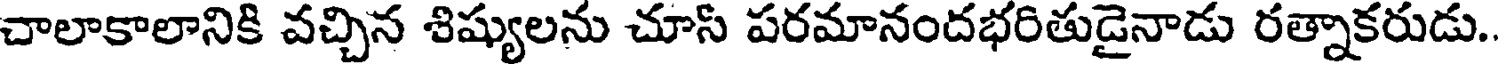
చాలాకాలానికి వచ్చిన శిష్యులను చూస్ పరమానందభరితుడైనాడు రత్నాకరుడు.